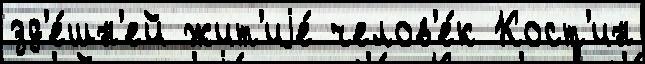
зд'е́шн'ей жит'иjе́ челов'е́к Кост'ин